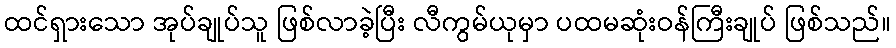
ထင်ရှားသော အုပ်ချုပ်သူ ဖြစ်လာခဲ့ပြီး လီကွမ်ယုမှာ ပထမဆုံးဝန်ကြီးချုပ် ဖြစ်သည်။